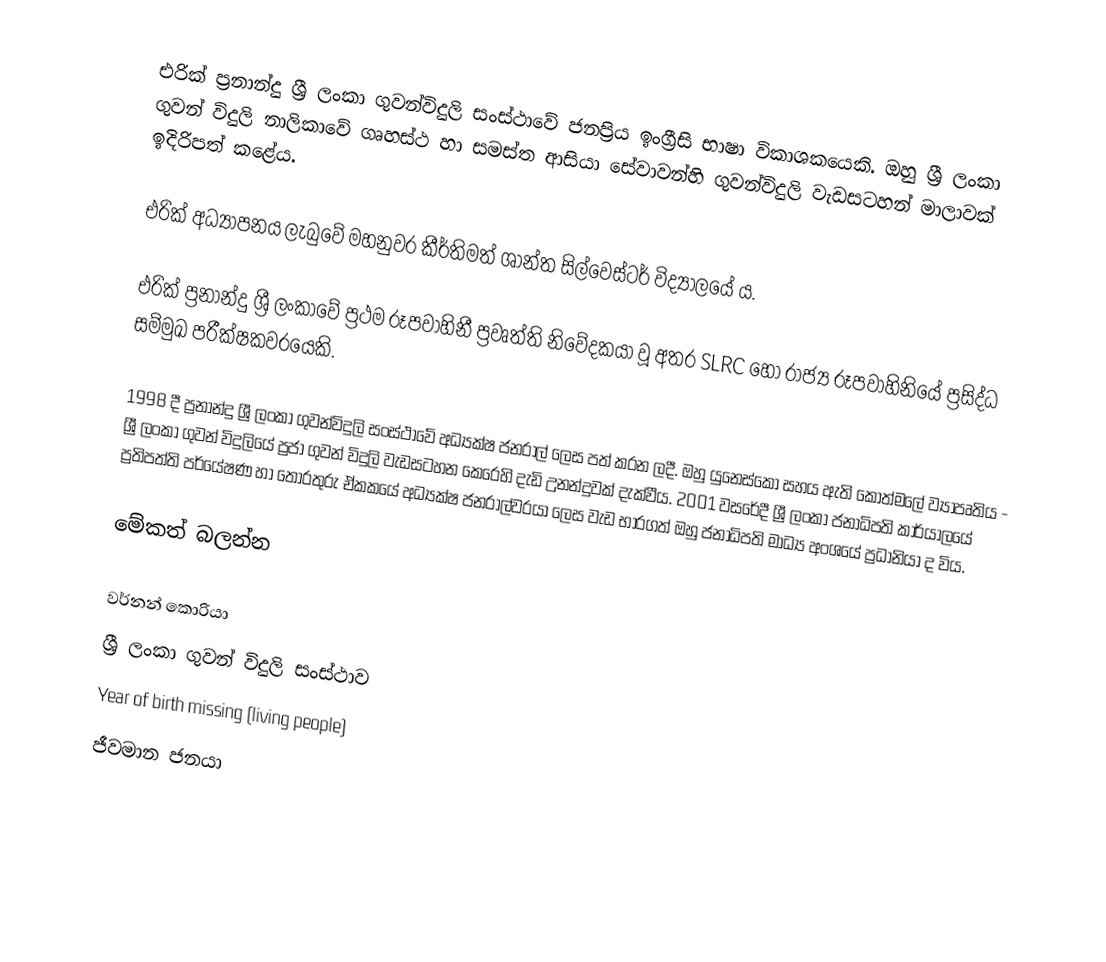
එරික් ප්‍රනාන්දු ශ්‍රී ලංකා ගුවන්විදුලි සංස්ථාවේ ජනප්‍රිය ඉංග්‍රීසි භාෂා විකාශකයෙකි. ඔහු ශ්‍රී ලංකා ගුවන් විදුලි නාලිකාවේ ගෘහස්ථ හා සමස්ත ආසියා සේවාවන්හි ගුවන්විදුලි වැඩසටහන් මාලාවක් ඉදිරිපත් කළේය.

එරික් අධ්‍යාපනය ලැබුවේ මහනුවර කීර්තිමත් ශාන්ත සිල්වෙස්ටර් විද්‍යාලයේ ය.

එරික් ප්‍රනාන්දු ශ්‍රී ලංකාවේ ප්‍රථම රූපවාහිනී ප්‍රවෘත්ති නිවේදකයා වූ අතර SLRC හෝ රාජ්‍ය රූපවාහිනියේ ප්‍රසිද්ධ සම්මුඛ පරීක්ෂකවරයෙකි.

1998 දී ප්‍රනාන්දු ශ්‍රී ලංකා ගුවන්විදුලි සංස්ථාවේ අධ්‍යක්ෂ ජනරාල් ලෙස පත් කරන ලදී. ඔහු යුනෙස්කෝ සහය ඇති කොත්මලේ ව්‍යාපෘතිය - ශ්‍රී ලංකා ගුවන් විදුලියේ ප්‍රජා ගුවන් විදුලි වැඩසටහන කෙරෙහි දැඩි උනන්දුවක් දැක්වීය. 2001 වසරේදී ශ්‍රී ලංකා ජනාධිපති කාර්යාලයේ ප්‍රතිපත්ති පර්යේෂණ හා තොරතුරු ඒකකයේ අධ්‍යක්ෂ ජනරාල්වරයා ලෙස වැඩ භාරගත් ඔහු ජනාධිපති මාධ්‍ය අංශයේ ප්‍රධානියා ද විය.

මේකත් බලන්න

 වර්නන් කොරියා
 ශ්‍රී ලංකා ගුවන් විදුලි සංස්ථාව
Year of birth missing (living people)
ජීවමාන ජනයා